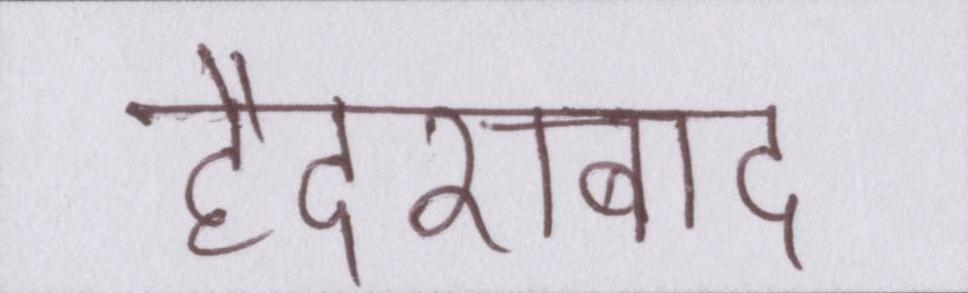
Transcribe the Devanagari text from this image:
हैदराबाद